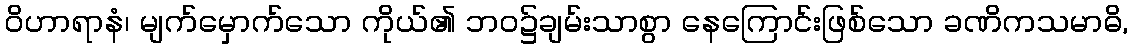
ဝိဟာရာနံ၊ မျက်မှောက်သော ကိုယ်၏ ဘဝ၌ချမ်းသာစွာ နေကြောင်းဖြစ်သော ခဏိကသမာဓိ,